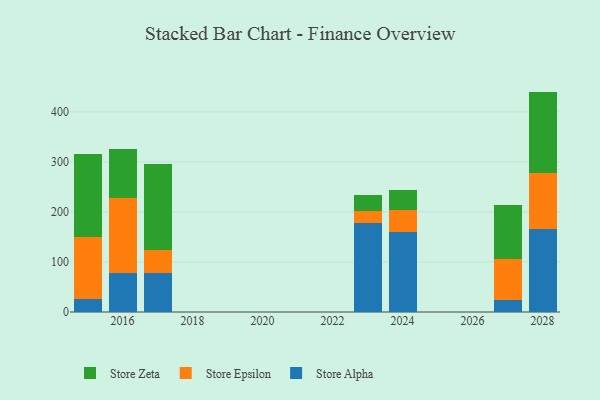
{"axis": {"x": "Year", "y": "Backlog"}, "legend": ["Store Alpha", "Store Epsilon", "Store Zeta"], "data": [{"x": "2016", "y": 77.6, "type": "Store Alpha"}, {"x": "2016", "y": 151.0, "type": "Store Epsilon"}, {"x": "2016", "y": 97.4, "type": "Store Zeta"}, {"x": "2017", "y": 77.7, "type": "Store Alpha"}, {"x": "2017", "y": 45.2, "type": "Store Epsilon"}, {"x": "2017", "y": 172.6, "type": "Store Zeta"}, {"x": "2027", "y": 23.7, "type": "Store Alpha"}, {"x": "2027", "y": 81.4, "type": "Store Epsilon"}, {"x": "2027", "y": 108.1, "type": "Store Zeta"}, {"x": "2024", "y": 160.6, "type": "Store Alpha"}, {"x": "2024", "y": 42.4, "type": "Store Epsilon"}, {"x": "2024", "y": 40.7, "type": "Store Zeta"}, {"x": "2028", "y": 165.2, "type": "Store Alpha"}, {"x": "2028", "y": 112.3, "type": "Store Epsilon"}, {"x": "2028", "y": 162.9, "type": "Store Zeta"}, {"x": "2015", "y": 25.4, "type": "Store Alpha"}, {"x": "2015", "y": 123.9, "type": "Store Epsilon"}, {"x": "2015", "y": 165.8, "type": "Store Zeta"}, {"x": "2023", "y": 177.4, "type": "Store Alpha"}, {"x": "2023", "y": 23.5, "type": "Store Epsilon"}, {"x": "2023", "y": 33.0, "type": "Store Zeta"}]}